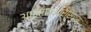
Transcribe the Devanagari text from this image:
आईएफआरसिएस